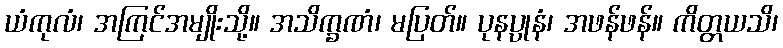
ယံကုလံ၊ အကြင်အမျိုးသို့။ အသိက္ခဏံ၊ မပြတ်။ ပုနပ္ပုနံ၊ အဖန်ဖန်။ ကိတ္တယသိ၊